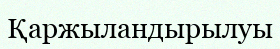
Қаржыландырылуы